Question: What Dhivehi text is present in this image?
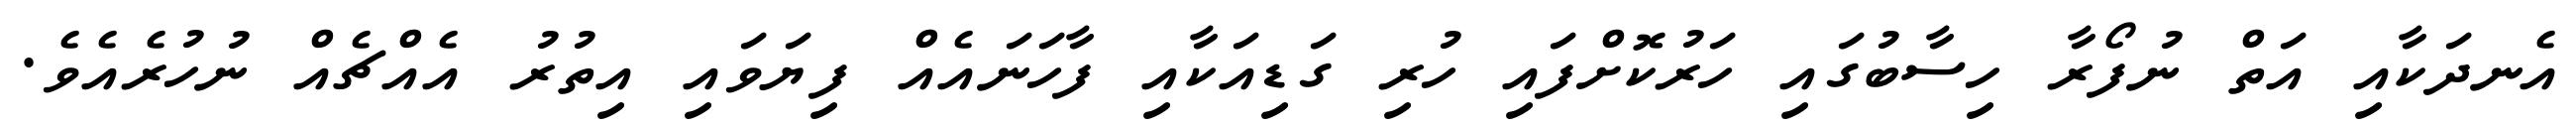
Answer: އެނދަކާއި އަތް ނުފޯރާ ހިސާބުގައި ހަރުކޮށްފައި ހުރި ގަޑިއަކާއި ފާހަނައެއް ފިޔަވައި އިތުރު އެއްޗެއް ނުހުރެއެވެ.